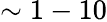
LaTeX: \sim 1-10